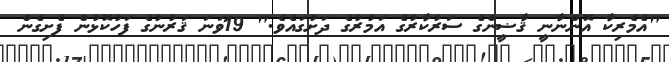
"އެމެރިކާ އޮންނާނީ ޤާޟީންގެ ސަރުކާރުގެ އަމުރުގެ ދަށުގައެވެ." 19ވަނަ ޤަރުނުގެ ފަހުކޮޅުން ފެށިގެން